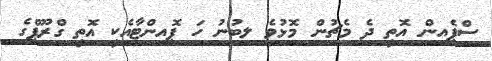
ސްޕެއިން އޮތީ ދެ މެޗުން މޮޅުވެ ލިބުނު ހަ ޕޮއިންޓާއެކީ އޮތީ ގްރޫޕްގެ